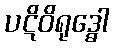
ပဋိဝိရုဒ္ဓေါ